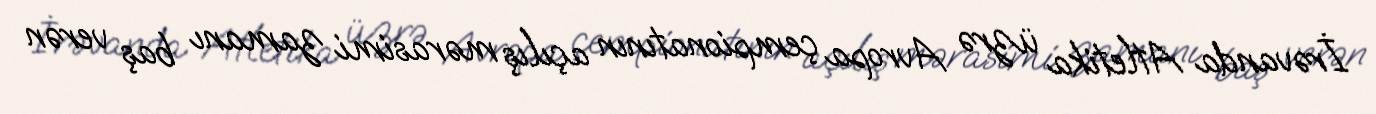
İrəvanda Atletika üzrə Avropa çempionatının açılış mərasimi zamanı baş verən